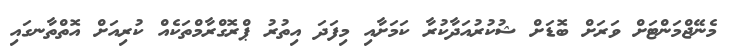
މެނޭޖްމަންޓަށް ވަރަށް ބޮޑަށް ޝުކުރުއަދާކުރާ ކަމަށާއި މިފަދަ އިތުރު ޕްރޮގްރާމްތަކެއް ކުރިއަށް އޮތްތާނގައި